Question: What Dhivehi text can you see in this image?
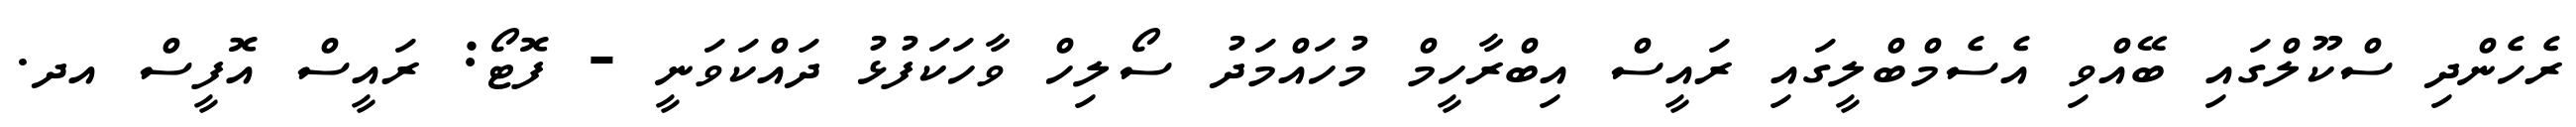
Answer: ރެހެންދި ސްކޫލްގައި ބޭއްވި އެސެމްބްލީގައި ރައީސް އިބްރާހީމް މުހައްމަދު ސޯލިހް ވާހަކަފުޅު ދައްކަވަނީ - ފޮޓޯ: ރައީސް އޮފީސް އދ.